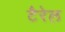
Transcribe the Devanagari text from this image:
टैरेल